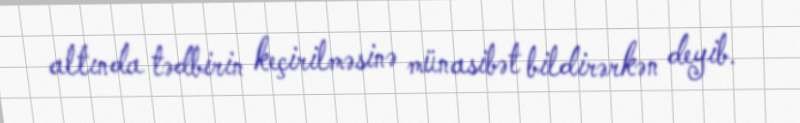
altında tədbirin keçirilməsinə münasibət bildirərkən deyib.